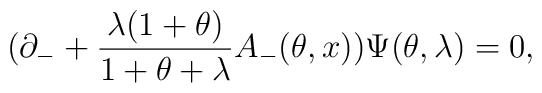
(\partial _{-}+\frac{\lambda (1+\theta )}{1+\theta +\lambda}A_{-}(\theta ,x))\Psi (\theta , \lambda)=0,